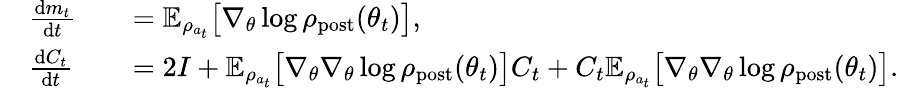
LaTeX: \begin{array}{rlrl}&{\frac{\mathrm{d}m_{t}}{\mathrm{d}t}}&&{=\mathbb{E}_{\rho_{a_{t}}}\bigl[\nabla_{\theta}\log\rho_{\mathrm{post}}(\theta_{t})\bigr],}\\ &{\frac{\mathrm{d}C_{t}}{\mathrm{d}t}}&&{=2I+\mathbb{E}_{\rho_{a_{t}}}\bigl[\nabla_{\theta}\nabla_{\theta}\log\rho_{\mathrm{post}}(\theta_{t})\bigr]C_{t}+C_{t}\mathbb{E}_{\rho_{a_{t}}}\bigl[\nabla_{\theta}\nabla_{\theta}\log\rho_{\mathrm{post}}(\theta_{t})\bigr].}\end{array}